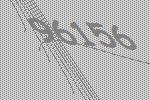
96156